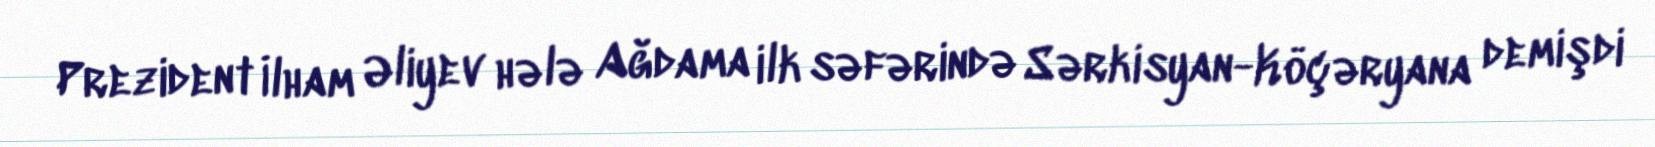
Prezident İlham Əliyev hələ Ağdama ilk səfərində Sərkisyan-Köçəryana demişdi